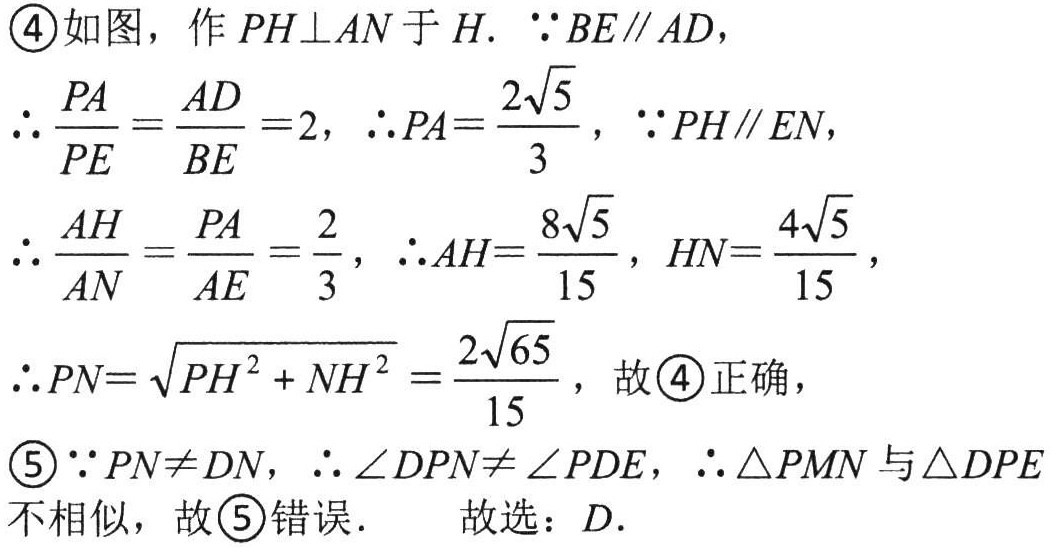
\textcircled{4}如图，作\(PH\perp AN\)于\(H\). \(\because BE\parallel AD\)，
\(\therefore \frac{PA}{PE}=\frac{AD}{BE}=2\)，\(\therefore PA = \frac{2\sqrt{5}}{3}\)，\(\because PH\parallel EN\)，
\(\therefore \frac{AH}{AN}=\frac{PA}{AE}=\frac{2}{3}\)，\(\therefore AH=\frac{8\sqrt{5}}{15}\)，\(HN=\frac{4\sqrt{5}}{15}\)，
\(\therefore PN=\sqrt{PH^{2}+NH^{2}}=\frac{2\sqrt{65}}{15}\)，故\textcircled{4}正确，
\textcircled{5}\(\because PN\neq DN\)，\(\therefore \angle DPN\neq\angle PDE\)，\(\therefore \triangle PMN\)与\(\triangle DPE\)
不相似，故\textcircled{5}错误．  故选：\(D\).